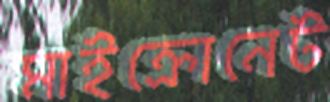
মাইক্রোনেট